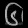
Digit: ၆